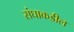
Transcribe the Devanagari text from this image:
संघाकडील